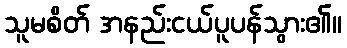
သူမစိတ် အနည်းငယ်ပူပန်သွား၏။